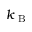
k _ { \mathrm { ~ B ~ } }